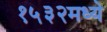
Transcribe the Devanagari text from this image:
१५३२मध्ये